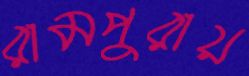
রামপুরায়